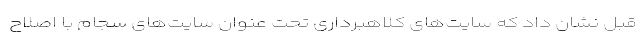
قبل نشان داد که سایت‌های کلاهبرداری تحت عنوان سایت‌های سجام با اصلاح